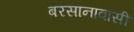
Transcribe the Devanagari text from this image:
बरसानावासी